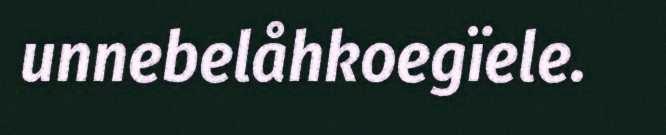
unnebelåhkoegïele.